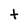
Character: t